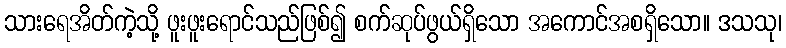
သားရေအိတ်ကဲ့သို့ ဖူးဖူးရောင်သည်ဖြစ်၍ စက်ဆုပ်ဖွယ်ရှိသော အကောင်အစရှိသော။ ဒသသု၊